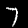
Label: 7